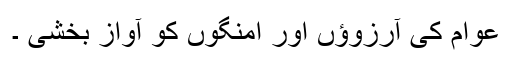
عوام کی آرزوﺅں اور امنگوں کو آواز بخشی ۔